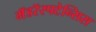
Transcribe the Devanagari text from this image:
मॅडरॅस्पटेन्सिस